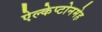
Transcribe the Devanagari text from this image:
ऐल्केप्टोनमेह